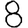
Digit: 8